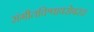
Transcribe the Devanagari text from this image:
संगीतविश्वावरोबरच